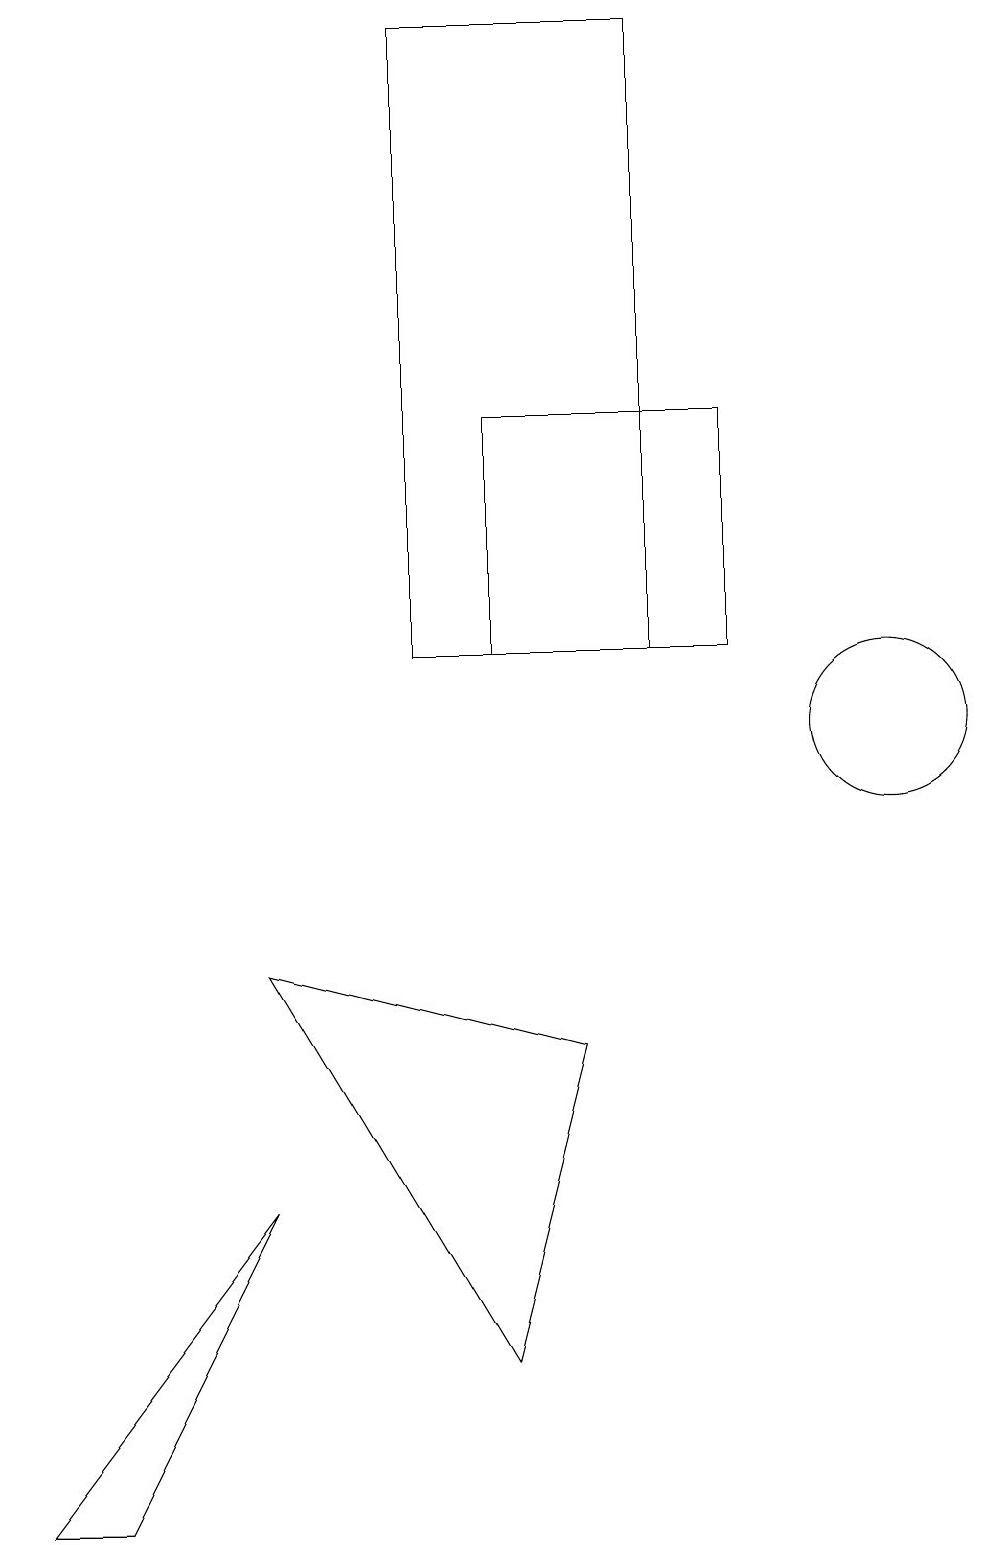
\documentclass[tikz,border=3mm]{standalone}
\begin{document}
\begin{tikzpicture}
\draw (9,14) rectangle (6,11);
\draw (5,19) rectangle (8,11);
\draw (11,10) circle (1);
\draw (3,4) -- (1,0) -- (0,0) -- cycle;
\draw (7,6) -- (6,2) -- (3,7) -- cycle;
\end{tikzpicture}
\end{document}